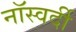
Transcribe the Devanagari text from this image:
नॉस्वर्दी